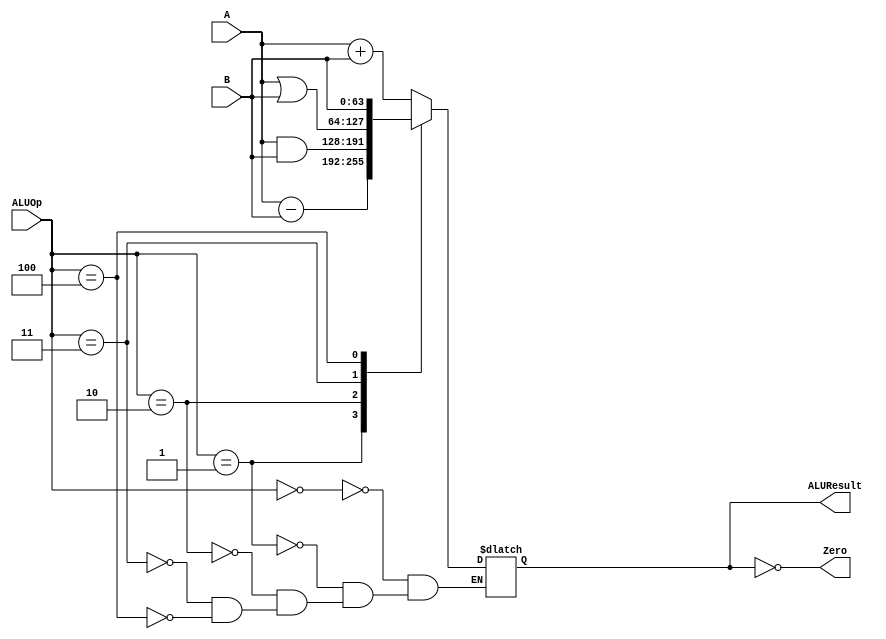
`timescale 1ns / 1ps
//////////////////////////////////////////////////////////////////////////////////
// Company: 
// Engineer: 
// 
// Design Name: 
// Module Name:    ARITHMETIC LOGIC UNIT 
// Project Name: 	 Design ARM Architecture 	
// Target Devices: 
// Tool versions: 
// Description: 
//
// Dependencies: 
//
// Revision: 
// Revision 0.01 - File Created
// Additional Comments: 
//
//////////////////////////////////////////////////////////////////////////////////
`define ADD     3'b000
`define SUB     3'b001
`define AND     3'b010
`define OR      3'b011
`define PassB   3'b100

module ALU(
    input [63:0] A,
    input [63:0] B,
    input [2:0] ALUOp,
    output reg [63:0] ALUResult,
    output Zero
    );
	assign Zero = (ALUResult == 0);
	always @(ALUOp, A, B)
		case (ALUOp)
		   `ADD: ALUResult <= A+B;
			`SUB: ALUResult <= A-B;
			`AND: ALUResult <= A&B;
			`OR: ALUResult <= A|B;
			`PassB: ALUResult <= B;
		endcase
endmodule